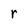
Character: r